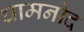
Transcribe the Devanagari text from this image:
धामनोद